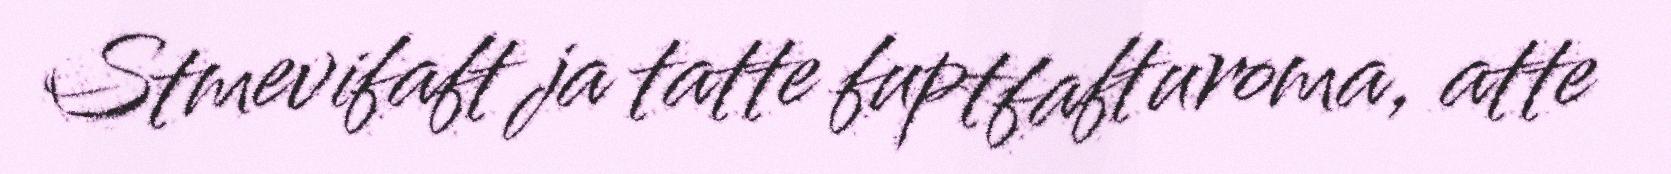
Stmevifaft ja tatte fuptfafturoma, atte